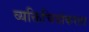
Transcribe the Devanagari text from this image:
व्यक्तिचित्रांकरता